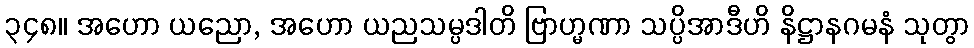
၃၄၈။ အဟော ယညော, အဟော ယညသမ္ပဒါတိ ဗြာဟ္မဏာ သပ္ပိအာဒီဟိ နိဋ္ဌာနဂမနံ သုတွာ